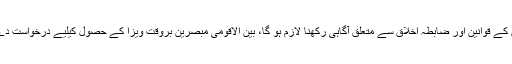
آرا اور سفارشات سے الیکشن کمیشن کو آگاہ کرے گا،بین الاقومی مبصرین کے لیے الیکشن کمیشن کے قوانین اور ضابطہ اخلاق سے متعلق آگاہی رکھنا لازم ہو گا، بین الاقومی مبصرین بروقت ویزا کے حصول کیلیے درخواست دے گا،ویزا کی مدت ختم ہونے سے قبل بین الاقومی مبصرین ملک میں مزید قیام نہیں کر سکیں گے۔